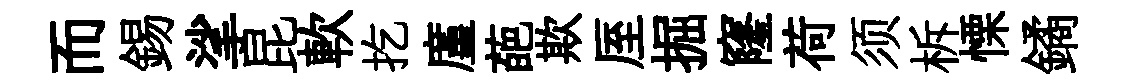
而錫挲昆軟扢廑葩欺厔掘窿荷须柝慄鐍